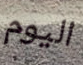
اليوم